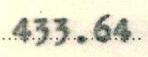
433.64